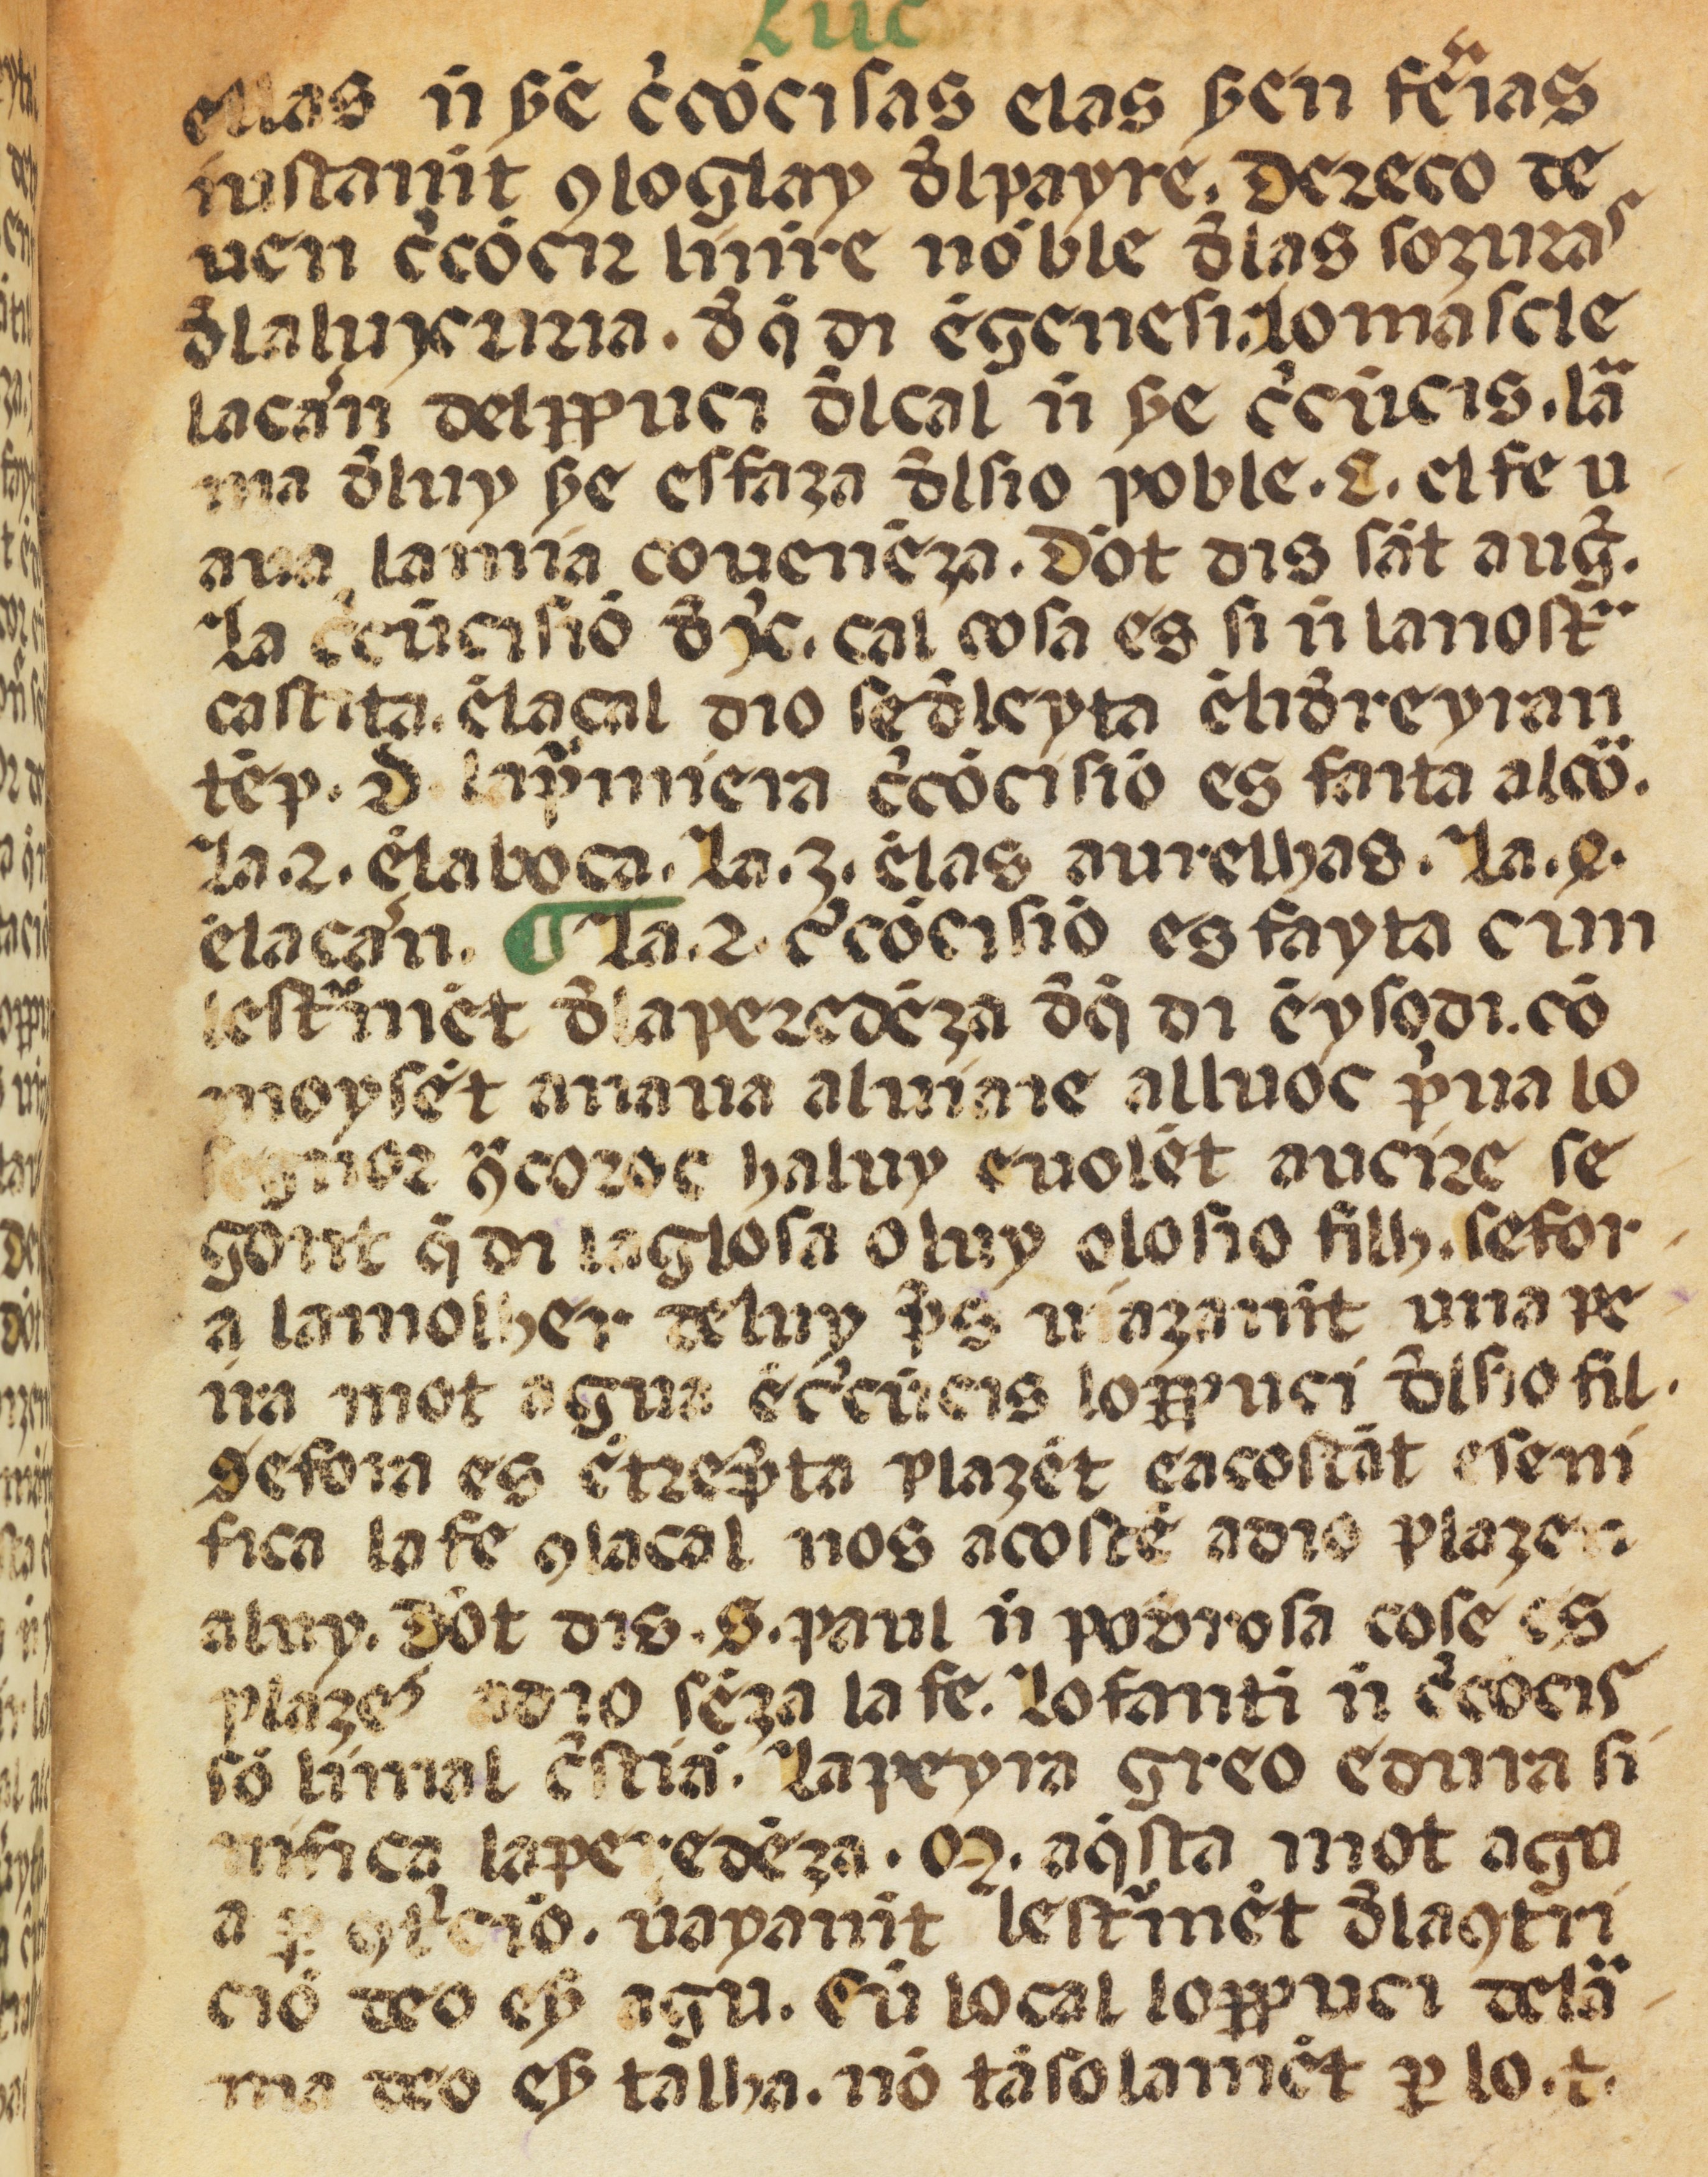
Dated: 1400–1499